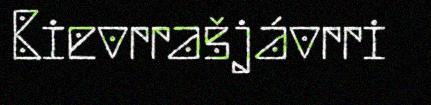
Bievrrašjávrri